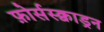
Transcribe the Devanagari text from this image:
फ़ोर्सस्क्वाड्रन